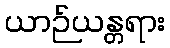
ယာဉ်ယန္တရား